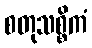
စတုသစ္စိကံ